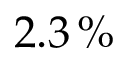
2 . 3 \, \%